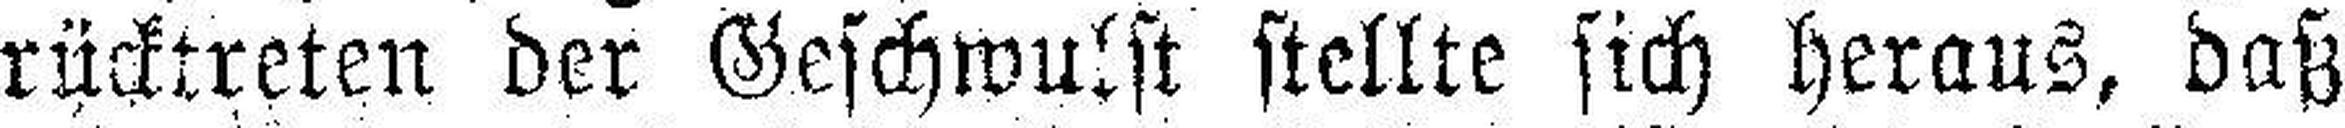
rücktreten der Geschwulst stellte sich heraus, daß